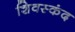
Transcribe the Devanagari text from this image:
शिवस्कंद